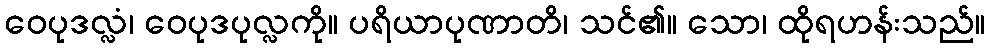
ဝေပုဒလ္လံ၊ ဝေပုဒပုလ္လကို။ ပရိယာပုဏာတိ၊ သင်၏။ သော၊ ထိုရဟန်းသည်။